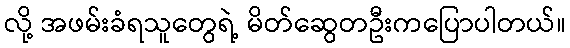
လို့ အဖမ်းခံရသူတွေရဲ့ မိတ်ဆွေတဦးကပြောပါတယ်။